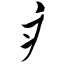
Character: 疒